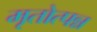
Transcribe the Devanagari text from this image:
मृतोत्पन्न